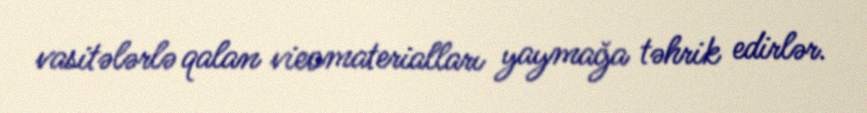
vasitələrlə qalan vieomaterialları yaymağa təhrik edirlər.